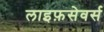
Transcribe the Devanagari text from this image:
लाइफ़सेवर्स